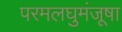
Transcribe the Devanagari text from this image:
परमलघुमंजूषा